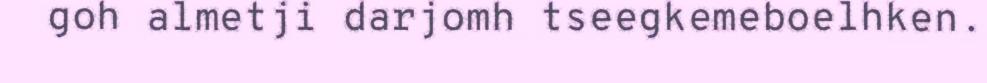
goh almetji darjomh tseegkemeboelhken.